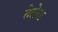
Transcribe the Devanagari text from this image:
तेलेरड